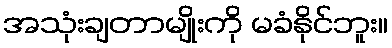
အသုံးချတာမျိုးကို မခံနိုင်ဘူး။